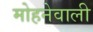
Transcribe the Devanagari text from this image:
मोहनेवाली